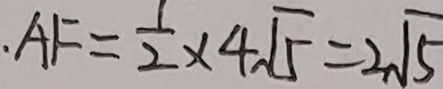
. A F = \frac { 1 } { 2 } \times 4 \sqrt { 5 } = 2 \sqrt { 5 }